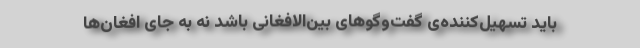
باید تسهیل‌کننده‌ی گفت‌وگوهای بین‌الافغانی باشد نه به جای افغان‌ها